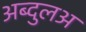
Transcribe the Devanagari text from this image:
अब्दुलअ